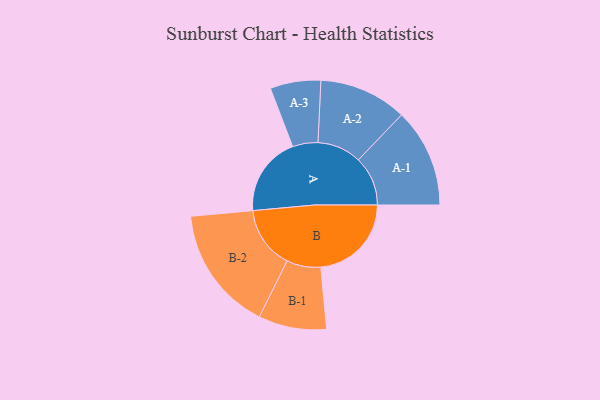
{"axis": {"x": "Segment", "y": "Value"}, "legend": ["", "A", "B"], "data": [{"x": "A", "y": 336, "type": ""}, {"x": "B", "y": 383, "type": ""}, {"x": "A-1", "y": 209, "type": "A"}, {"x": "A-2", "y": 186, "type": "A"}, {"x": "A-3", "y": 107, "type": "A"}, {"x": "B-1", "y": 144, "type": "B"}, {"x": "B-2", "y": 264, "type": "B"}]}